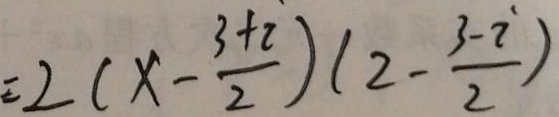
= 2 ( x - \frac { 3 + i } { 2 } ) ( 2 - \frac { 3 - i } { 2 } )